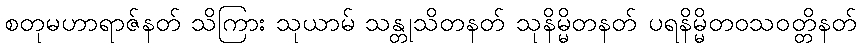
စတုမဟာရာဇ်နတ် သိကြား သုယာမ် သန္တုသိတနတ် သုနိမ္မိတနတ် ပရနိမ္မိတဝသဝတ္တိနတ်